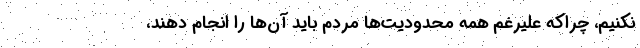
نکنیم، چراکه علیرغم همه محدودیت‌ها مردم باید آن‌ها را انجام دهند،